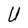
Character: U